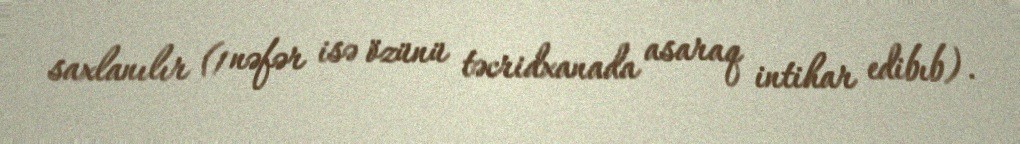
saxlanılır (1 nəfər isə özünü təcridxanada asaraq intihar edibıb).